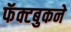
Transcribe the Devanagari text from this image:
फॅक्टबुकने